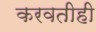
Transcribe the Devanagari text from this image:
करवतीही